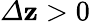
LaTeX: {\mit\Delta}\mathbf{z}>0